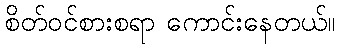
စိတ်ဝင်စားစရာ ကောင်းနေတယ်။